Report on vaccination in Madras 1904-1921 - 1904-1921
Year: 1904
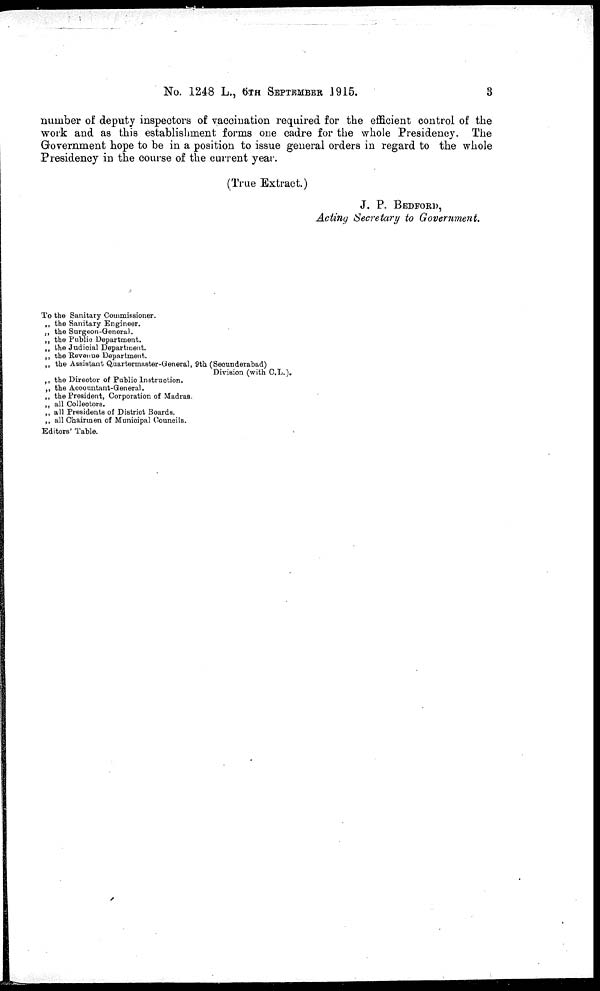
No. 1248 L., 6TH SEPTEMBER 1915.
3
number of deputy inspectors of vaccination required for the efficient control of the
work and as this establishment forms one cadre for the whole Presidency. The
Government hope to be in a position to issue general orders in regard to the whole
Presidency in the course of the current year.
(True Extract.)
J. P. BEDFORD,
Acting Secretary to Government.
To the Sanitary Commissioner.
„ the Sanitary Engineer.
„ the Surgeon-General.
„ the Public Department.
„ the Judicial Department.
„ the Revenue Department.
„ the Assistant Quartermaster-General, 9th (Secunderabad)
Division (with C.L.).
„ the Director of Public Instruction.
„ the Accountant-General.
„ the President, Corporation of Madras.
„ all Collectors.
„ all Presidents of District Boards.
„ all Chairmen of Municipal Councils.
Editors' Table.